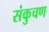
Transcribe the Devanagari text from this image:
संकुचण